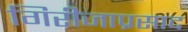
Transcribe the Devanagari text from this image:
गिरीजाप्रसाद